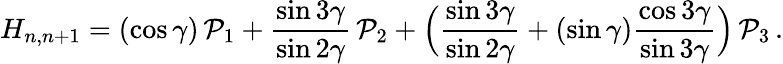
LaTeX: H_{n,n+1}=(\cos\gamma)\, {\cal P}_{1}+\frac{\sin 3\gamma}{\sin 2\gamma}\, {\cal P}_{2}+\Bigl(\frac{\sin 3\gamma}{\sin 2\gamma}+(\sin\gamma)\frac{\cos 3\gamma}{\sin 3\gamma}\Bigr)\, {\cal P}_{3}\, .